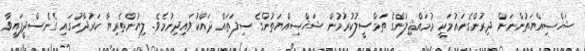
ޝަޚްޞިއްޔަތުންނަށް ދިރުންގެނައުމަކީ މުމައްޘިލުންގެ ތަމްސީލުކުރުމުން ޝަޚްޞިއްޔަތުންގެ ސިފަތައް ދައްކުވައިދިނުމެވެ. ލިޔުންތެރިޔާ ކަރުދާހުގައި ގެނެސްދީފައިވާ